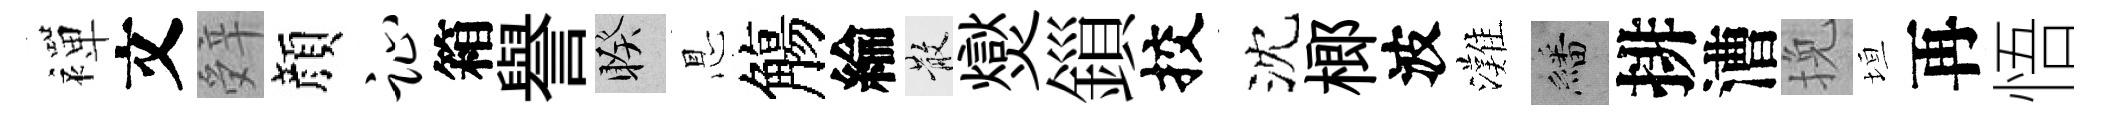
襌文辤顔趾箱譽睽㤙觴綸散爕鎻挍沈榔波灘繙排漕挽垣再悟